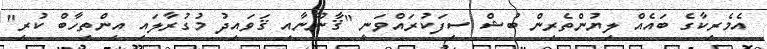
އެމެރިކާގެ ބައެއް ލިޔުންތެރިން ބުޝް ސިފަކުރައްވަނީ "ޤާނޫނާއި ޤަވައިދު މުގުރާލައި އިންތިހާބް ކުރި"